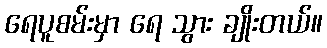
ရေပူစမ်းမှာ ရေ သွား ချိုးတယ်။